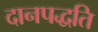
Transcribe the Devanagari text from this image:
दानपद्धति